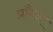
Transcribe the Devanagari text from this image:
प्राँग्ज